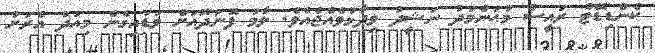
ކެންޑިޑޭޓް ރައީސް މުޙަންމަދު ނަޝީދު ވިދާޅުވެއްޖެއެވެ. ލާމު ފޮނަދޫއަށް ވަޑައިގެން މިއަދު އެރަށު